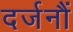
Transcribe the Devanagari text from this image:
दर्जनौं